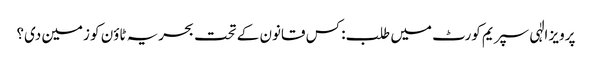
پرویز الٰہی سپریم کورٹ میں طلب: کس قانون کے تحت بحریہ ٹاؤن کو زمین دی؟